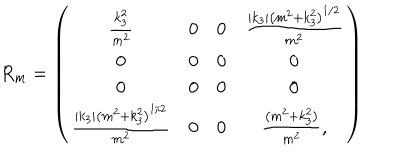
R _ { m } = \left( \begin{array} { c c c c } { { \frac { k _ { 3 } ^ { 2 } } { m ^ { 2 } } } } & { { 0 } } & { { 0 } } & { { \frac { \left| k _ { 3 } \right| \left( m ^ { 2 } + k _ { 3 } ^ { 2 } \right) ^ { 1 / 2 } } { m ^ { 2 } } } } \\ { { 0 } } & { { 0 } } & { { 0 } } & { { 0 } } \\ { { 0 } } & { { 0 } } & { { 0 } } & { { 0 } } \\ { { \frac { \left| k _ { 3 } \right| \left( m ^ { 2 } + k _ { 3 } ^ { 2 } \right) ^ { 1 / 2 } } { m ^ { 2 } } } } & { { 0 } } & { { 0 } } & { { \frac { \left( m ^ { 2 } + k _ { 3 } ^ { 2 } \right) } { m ^ { 2 } } , } } \\ \end{array} \right)